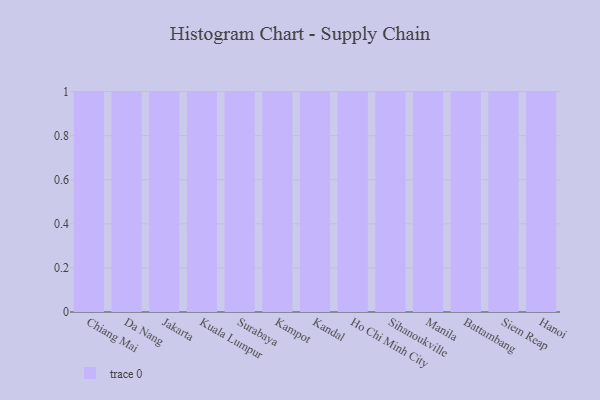
{"axis": {"x": "City", "y": "Conversion Rate (%)"}, "legend": [""], "data": [{"x": "Chiang Mai", "y": 46, "type": ""}, {"x": "Da Nang", "y": 14, "type": ""}, {"x": "Jakarta", "y": 8, "type": ""}, {"x": "Kuala Lumpur", "y": 30, "type": ""}, {"x": "Surabaya", "y": 19, "type": ""}, {"x": "Kampot", "y": 70, "type": ""}, {"x": "Kandal", "y": 57, "type": ""}, {"x": "Ho Chi Minh City", "y": 90, "type": ""}, {"x": "Sihanoukville", "y": 77, "type": ""}, {"x": "Manila", "y": 74, "type": ""}, {"x": "Battambang", "y": 88, "type": ""}, {"x": "Siem Reap", "y": 93, "type": ""}, {"x": "Hanoi", "y": 47, "type": ""}]}